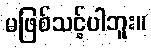
မဖြစ်သင့်ပါဘူး။